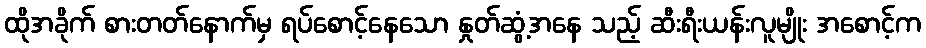
ထိုအခိုက် စားတတ်နောက်မှ ရပ်စောင့်နေသော နှုတ်ဆွံ့အနေ သည့် ဆီးရီးယန်းလူမျိုး အစောင့်က